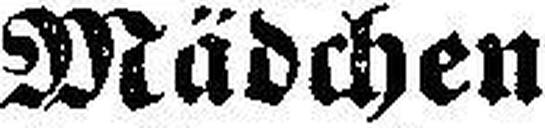
Mädchen